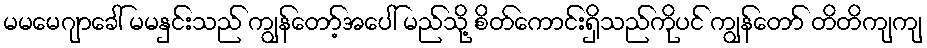
မမမေဂျာခေါ် မမနှင်းသည် ကျွန်တော့်အပေါ် မည်သို့ စိတ်ကောင်းရှိသည်ကိုပင် ကျွန်တော် တိတိကျကျ